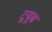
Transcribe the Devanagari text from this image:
टूयूब